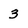
Character: 3